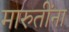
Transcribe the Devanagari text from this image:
मारुतींना